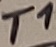
Text: T1